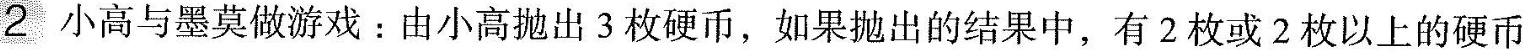
2 小高与墨莫做游戏：由小高抛出3枚硬币，如果抛出的结果中，有2枚或2枚以上的硬币